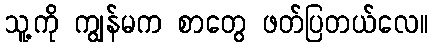
သူ့ကို ကျွန်မက စာတွေ ဖတ်ပြတယ်လေ။